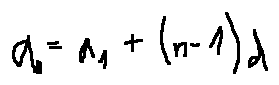
a _ { n } = a _ { 1 } + ( n - 1 ) d